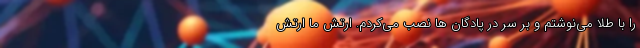
را با طلا می‌نوشتم و بر سر در پادگان ها نصب می‌کردم. ارتش ما ارتش